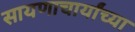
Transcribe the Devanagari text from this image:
सायणाचार्यांच्या